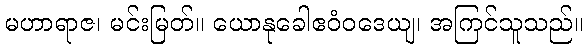
မဟာရာဇ၊ မင်းမြတ်။ ယောနုခေါဧဝံဝဒေယျ၊ အကြင်သူသည်။